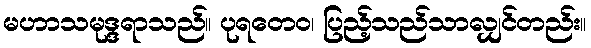
မဟာသမုဒ္ဒရာသည်။ ပုရတေဝ၊ ပြည့်သည်သာလျှင်တည်း။